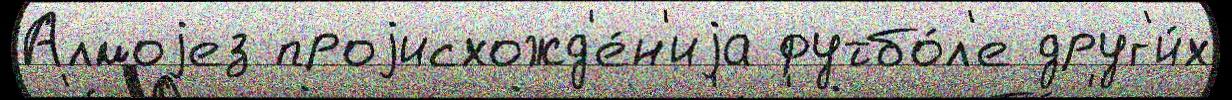
Алмоjез проjисхожд'е́н'иjа футбо́л'е друг'и́х